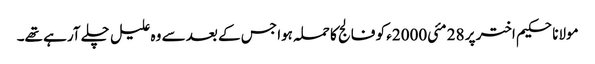
مولانا حکیم اختر پر 28 مئی2000ء کو فالج کا حملہ ہوا جس کے بعد سے وہ علیل چلے آرہے تھے۔